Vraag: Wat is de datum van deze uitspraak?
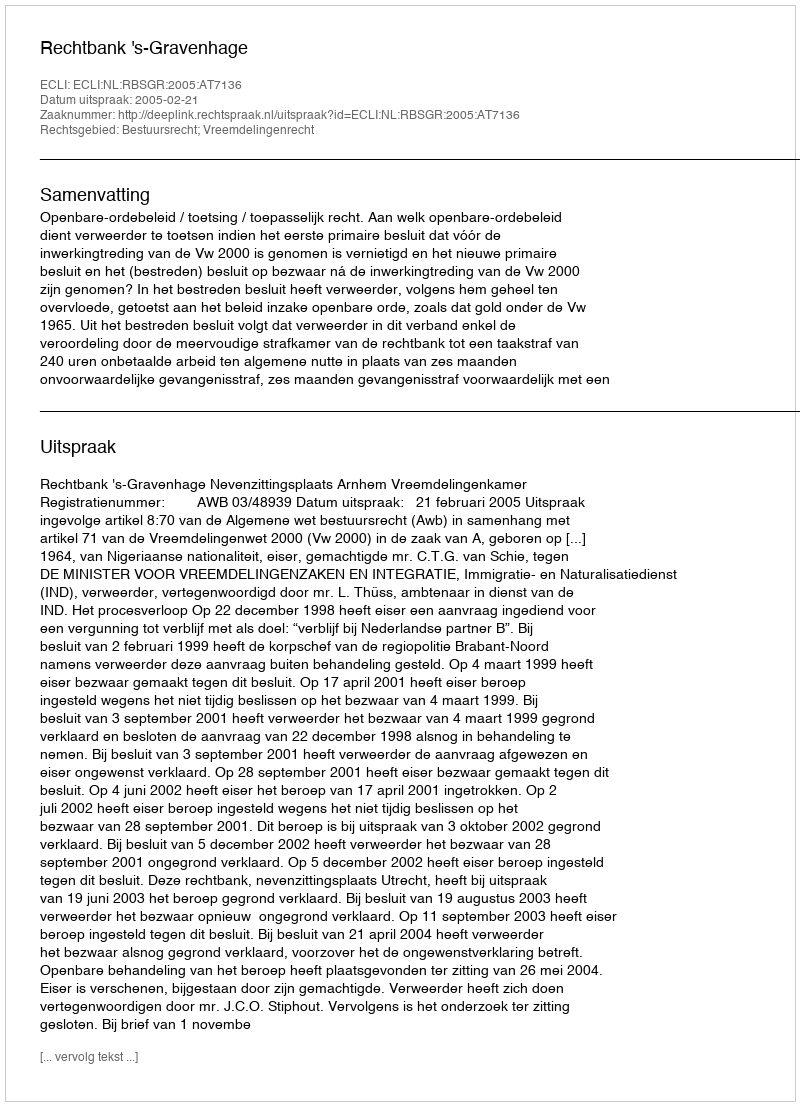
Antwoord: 2005-02-21